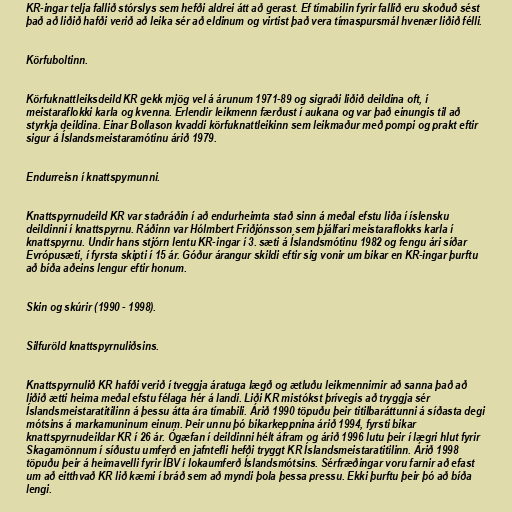
KR-ingar telja fallið stórslys sem hefði aldrei átt að gerast. Ef tímabilin fyrir fallið eru skoðuð sést
það að liðið hafði verið að leika sér að eldinum og virtist það vera tímaspursmál hvenær liðið félli.

Körfuboltinn.

Körfuknattleiksdeild KR gekk mjög vel á árunum 1971-89 og sigraði liðið deildina oft, í
meistaraflokki karla og kvenna. Erlendir leikmenn færðust í aukana og var það einungis til að
styrkja deildina. Einar Bollason kvaddi körfuknattleikinn sem leikmaður með pompi og prakt eftir
sigur á Íslandsmeistaramótinu árið 1979.

Endurreisn í knattspyrnunni.

Knattspyrnudeild KR var staðráðin í að endurheimta stað sinn á meðal efstu liða í íslensku
deildinni í knattspyrnu. Ráðinn var Hólmbert Friðjónsson sem þjálfari meistaraflokks karla í
knattspyrnu. Undir hans stjórn lentu KR-ingar í 3. sæti á Íslandsmótinu 1982 og fengu ári síðar
Evrópusæti, í fyrsta skipti í 15 ár. Góður árangur skildi eftir sig vonir um bikar en KR-ingar þurftu
að bíða aðeins lengur eftir honum.

Skin og skúrir (1990 - 1998).

Silfuröld knattspyrnuliðsins.

Knattspyrnulið KR hafði verið í tveggja áratuga lægð og ætluðu leikmennirnir að sanna það að
liðið ætti heima meðal efstu félaga hér á landi. Liði KR mistókst þrívegis að tryggja sér
Íslandsmeistaratitilinn á þessu átta ára tímabili. Árið 1990 töpuðu þeir titilbaráttunni á síðasta degi
mótsins á markamuninum einum. Þeir unnu þó bikarkeppnina árið 1994, fyrsti bikar
knattspyrnudeildar KR í 26 ár. Ógæfan í deildinni hélt áfram og árið 1996 lutu þeir í lægri hlut fyrir
Skagamönnum í síðustu umferð en jafntefli hefði tryggt KR Íslandsmeistaratitilinn. Árið 1998
töpuðu þeir á heimavelli fyrir ÍBV í lokaumferð Íslandsmótsins. Sérfræðingar voru farnir að efast
um að eitthvað KR lið kæmi í bráð sem að myndi þola þessa pressu. Ekki þurftu þeir þó að bíða
lengi.